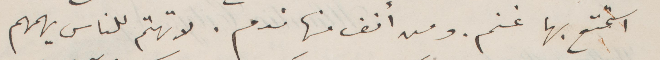
استمتع بها غنم ومن انف منها ندم. لا تهتم للناس يهمهم